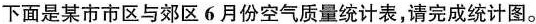
下面是某市市区与郊区6月份空气质量统计表，请完成统计图。